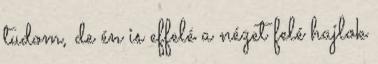
tudom, de én is effelé a nézet felé hajlok